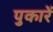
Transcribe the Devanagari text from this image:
पुकारें